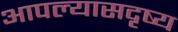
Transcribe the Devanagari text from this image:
आपल्यासदृष्य